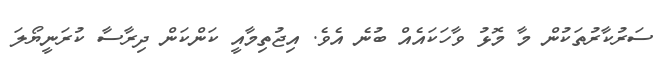
ސަރުކާރުތަކުން މާ މޮޅު ވާހަކައެއް ބުނެ އެވެ. އިޖުތިމާއީ ކަންކަން ދިރާސާ ކުރަނީޔޯލަ